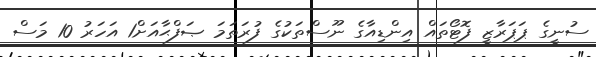
ސުނީގެ ޕަޕަރާޒީ ފޮޓޯތައް އިންޑިއާގެ ނޫސްތަކުގެ ފުރަތަމަ ޞަފްޙާއަށް1 އަހަރު 10 މަސް